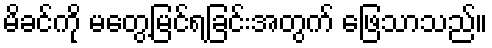
မိခင်ကို မတွေ့မြင်ရခြင်းအတွက် ဖြေသာသည်။